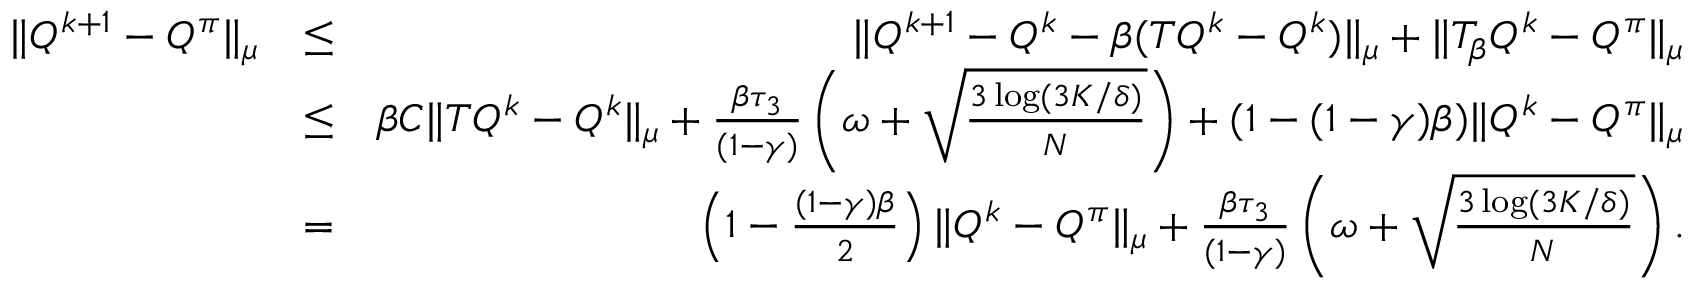
\begin{array} { r l r } { \| Q ^ { k + 1 } - Q ^ { \pi } \| _ { \mu } } & { \leq } & { \| Q ^ { k + 1 } - Q ^ { k } - \beta ( T Q ^ { k } - Q ^ { k } ) \| _ { \mu } + \| T _ { \beta } Q ^ { k } - Q ^ { \pi } \| _ { \mu } } \\ & { \leq } & { \beta C \| T Q ^ { k } - Q ^ { k } \| _ { \mu } + \frac { \beta \tau _ { 3 } } { ( 1 - \gamma ) } \left( \omega + \sqrt { \frac { 3 \log ( 3 K / \delta ) } { N } } \right) + ( 1 - ( 1 - \gamma ) \beta ) \| Q ^ { k } - Q ^ { \pi } \| _ { \mu } } \\ & { = } & { \left( 1 - \frac { ( 1 - \gamma ) \beta } { 2 } \right) \| Q ^ { k } - Q ^ { \pi } \| _ { \mu } + \frac { \beta \tau _ { 3 } } { ( 1 - \gamma ) } \left( \omega + \sqrt { \frac { 3 \log ( 3 K / \delta ) } { N } } \right) . } \end{array}